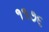
૧૧૭૬